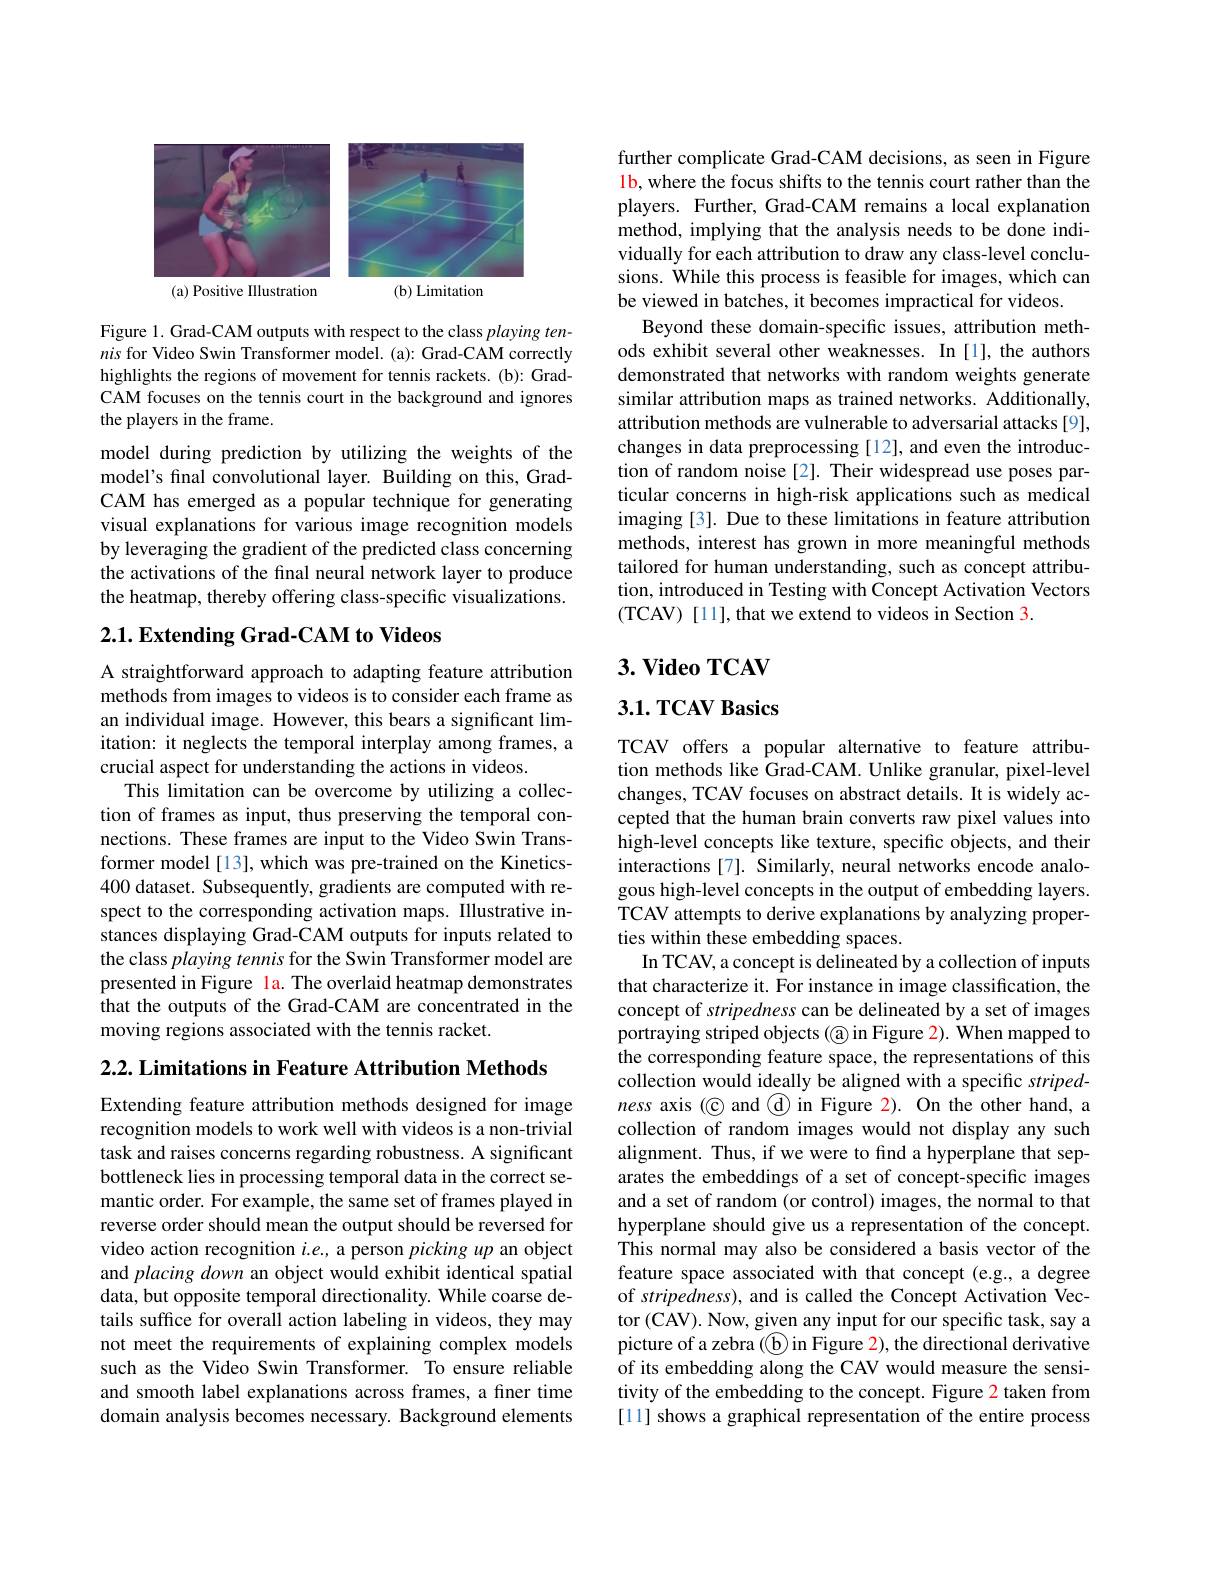
<FigureHere>

Figure 1. Grad-CAM outputs with respect to the class playing tennis for Video Swin Transformer model. (a): Grad-CAM correctly highlights the regions of movement for tennis rackets. (b): GradCAM focuses on the tennis court in the background and ignores the players in the frame.

model during prediction by utilizing the weights of the model's final convolutional layer. Building on this, GradCAM has emerged as a popular technique for generating visual explanations for various image recognition models by leveraging the gradient of the predicted class concerning the activations of the final neural network layer to produce the heatmap, thereby offering class-specific visualizations.

## 2.1. Extending Grad-CAM to Videos

A straightforward approach to adapting feature attribution methods from images to videos is to consider each frame as an individual image. However, this bears a significant limitation: it neglects the temporal interplay among frames, a crucial aspect for understanding the actions in videos.
This limitation can be overcome by utilizing a collection of frames as input, thus preserving the temporal connections. These frames are input to the Video Swin Transformer model[13], which was pre-trained on the Kinetics- 400 dataset. Subsequently, gradients are computed with respect to the corresponding activation maps. Illustrative instances displaying Grad-CAM outputs for inputs related to the class playing tennis for the Swin Transformer model are presented in Figure la. The overlaid heatmap demonstrates that the outputs of the Grad-CAM are concentrated in the moving regions associated with the tennis racket.

$2. 2. \textbf{ Limitations in Feature Attribution Methods}$

Extending feature attribution methods designed for image recognition models to work well with videos is a non-trivial task and raises concerns regarding robustness. A significant bottleneck lies in processing temporal data in the correct semantic order. For example, the same set of frames played in reverse order should mean the output should be reversed for video action recognition $i.e.$, a person picking up an object and placing down an object would exhibit identical spatial data, but opposite temporal directionality. While coarse details suffice for overall action labeling in videos, they may not meet the requirements of explaining complex models such as the Video Swin Transformer. To ensure reliable and smooth label explanations across frames, a finer time domain analysis becomes necessary. Background elements

further complicate Grad-CAM decisions, as seen in Figure 1b, where the focus shifts to the tennis court rather than the players. Further, Grad-CAM remains a local explanation method, implying that the analysis needs to be done individually for each attribution to draw any class-level conclusions. While this process is feasible for images, which can be viewed in batches, it becomes impractical for videos.
Beyond these domain-specific issues, attribution methods exhibit several other weaknesses. In [1], the authors demonstrated that networks with random weights generate similar attribution maps as trained networks. Additionally, attribution methods are vulnerable to adversarial attacks [9], changes in data preprocessing [12], and even the introduction of random noise[2]. Their widespread use poses particular concerns in high-risk applications such as medical imaging [3]. Due to these limitations in feature attribution methods, interest has grown in more meaningful methods tailored for human understanding, such as concept attribution, introduced in Testing with Concept Activation Vectors (TCAV) [11], that we extend to videos in Section 3.

## $3. \textbf{Video TCAV}$

## 3.1. TCAV Basics

TCAV offers a popular alternative to feature attribution methods like Grad-CAM. Unlike granular, pixel-level changes, TCAV focuses on abstract details. It is widely accepted that the human brain converts raw pixel values into high-level concepts like texture, specific objects, and their interactions [7]. Similarly, neural networks encode analogous high-level concepts in the output of embedding layers. TCAV attempts to derive explanations by analyzing properties within these embedding spaces.
In TCAV, a concept is delineated by a collection of inputs that characterize it. For instance in image classification, the concept of stripedness can be delineated by a set of images portraying striped objects (a) in Figure 2). When mapped to the corresponding feature space, the representations of this collection would ideally be aligned with a specific $striped-$ ness axis (© and @ in Figure 2). On the other hand, a collection of random images would not display any such alignment. Thus, if we were to find a hyperplane that separates the embeddings of a set of concept-specific images and a set of random (or control) images, the normal to that hyperplane should give us a representation of the concept. This normal may also be considered a basis vector of the feature space associated with that concept (e.g., a degree of stripedness), and is called the Concept Activation Vector (CAV). Now, given any input for our specific task, say a picture of a zebra ( $\textcircled{\mathrm{b}}$ in Figure 2), the directional derivative of its embedding along the CAV would measure the sensitivity of the embedding to the concept. Figure 2 taken from [11] shows a graphical representation of the entire process